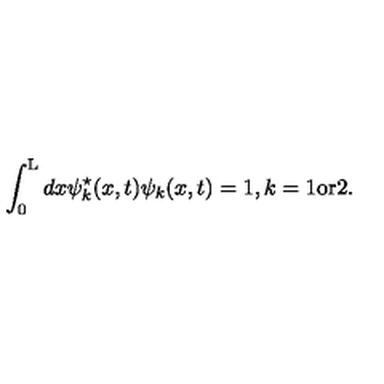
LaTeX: \int _ { 0 } ^ { \mathrm { L } } d x { \psi } _ { k } ^ { \star } ( x , t ) { \psi } _ { k } ( x , t ) = 1 , k = 1 \mathrm { o r } 2 .